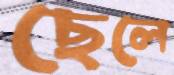
ছেলে